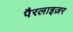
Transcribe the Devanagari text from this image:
पैरलाइज़र